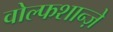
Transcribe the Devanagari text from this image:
वोल्फशान्ज़े